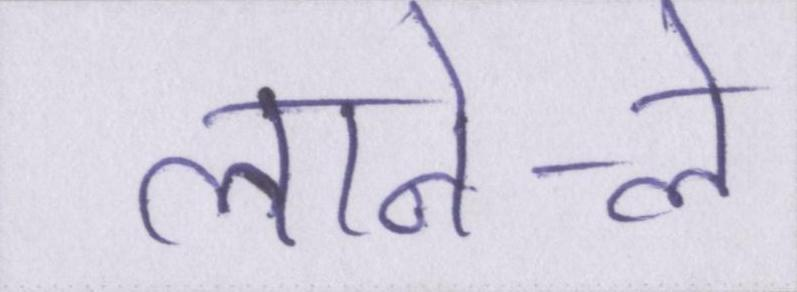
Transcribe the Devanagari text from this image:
लाने-ले